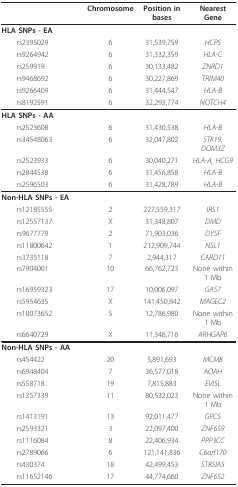
<table><thead><tr><td></td><td><b>Chromosome</b></td><td><b>Position in bases</b></td><td><b>Nearest Gene</b></td></tr></thead><tbody><tr><td><b>HLA SNPs - EA</b></td><td></td><td></td><td></td></tr><tr><td> rs2395029</td><td>6</td><td>31,539,759</td><td><i>HCP5</i></td></tr><tr><td> rs9264942</td><td>6</td><td>31,332,359</td><td><i>HLA-C</i></td></tr><tr><td> rs259919</td><td>6</td><td>30,133,482</td><td><i>ZNRD1</i></td></tr><tr><td> rs9468692</td><td>6</td><td>30,227,869</td><td><i>TRIM40</i></td></tr><tr><td> rs9266409</td><td>6</td><td>31,444,547</td><td><i>HLA-B</i></td></tr><tr><td> rs8192591</td><td>6</td><td>32,293,774</td><td><i>NOTCH4</i></td></tr><tr><td><b>HLA SNPs - AA</b></td><td></td><td></td><td></td></tr><tr><td> rs2523608</td><td>6</td><td>31,430,538</td><td><i>HLA-B</i></td></tr><tr><td> rs34548063</td><td>6</td><td>32,047,802</td><td><i>STK19, DOM3Z</i></td></tr><tr><td> rs2523933</td><td>6</td><td>30,040,271</td><td><i>HLA-A, HCG9</i></td></tr><tr><td> rs2844538</td><td>6</td><td>31,456,858</td><td><i>HLA-B</i></td></tr><tr><td> rs2596503</td><td>6</td><td>31,428,789</td><td><i>HLA-B</i></td></tr><tr><td><b>Non-HLA SNPs - EA</b></td><td></td><td></td><td></td></tr><tr><td> rs12185555</td><td>2</td><td>227,559,317</td><td><i>IRS1</i></td></tr><tr><td> rs12557137</td><td>X</td><td>31,348,807</td><td><i>DMD</i></td></tr><tr><td> rs9677779</td><td>2</td><td>71,903,036</td><td><i>DYSF</i></td></tr><tr><td> rs11800642</td><td>1</td><td>212,909,744</td><td><i>NSL1</i></td></tr><tr><td> rs3735118</td><td>7</td><td>2,944,317</td><td><i>CARD11</i></td></tr><tr><td> rs7904001</td><td>10</td><td>66,762,723</td><td>None within 1 Mb</td></tr><tr><td> rs16959323</td><td>17</td><td>10,006,097</td><td><i>GAS7</i></td></tr><tr><td> rs5954635</td><td>X</td><td>141,450,842</td><td><i>MAGEC2</i></td></tr><tr><td> rs10073652</td><td>5</td><td>12,786,980</td><td>None within 1 Mb</td></tr><tr><td> rs6640729</td><td>X</td><td>11,346,716</td><td><i>ARHGAP6</i></td></tr><tr><td><b>Non-HLA SNPs - AA</b></td><td></td><td></td><td></td></tr><tr><td> rs454422</td><td>20</td><td>5,891,693</td><td><i>MCM8</i></td></tr><tr><td> rs6948404</td><td>7</td><td>36,577,018</td><td><i>AOAH</i></td></tr><tr><td> rs558718</td><td>19</td><td>7,815,883</td><td><i>EVI5L</i></td></tr><tr><td> rs1357339</td><td>11</td><td>80,532,023</td><td>None within 1 Mb</td></tr><tr><td> rs1413191</td><td>13</td><td>92,011,477</td><td><i>GPC5</i></td></tr><tr><td> rs2593321</td><td>3</td><td>22,097,400</td><td><i>ZNF659</i></td></tr><tr><td> rs1116084</td><td>8</td><td>22,406,934</td><td><i>PPP3CC</i></td></tr><tr><td> rs2789066</td><td>6</td><td>121,141,836</td><td><i>C6orf170</i></td></tr><tr><td> rs430374</td><td>18</td><td>42,499,453</td><td><i>ST8SIA5</i></td></tr><tr><td> rs11652146</td><td>17</td><td>44,774,660</td><td><i>ZNF652</i></td></tr></tbody></table>